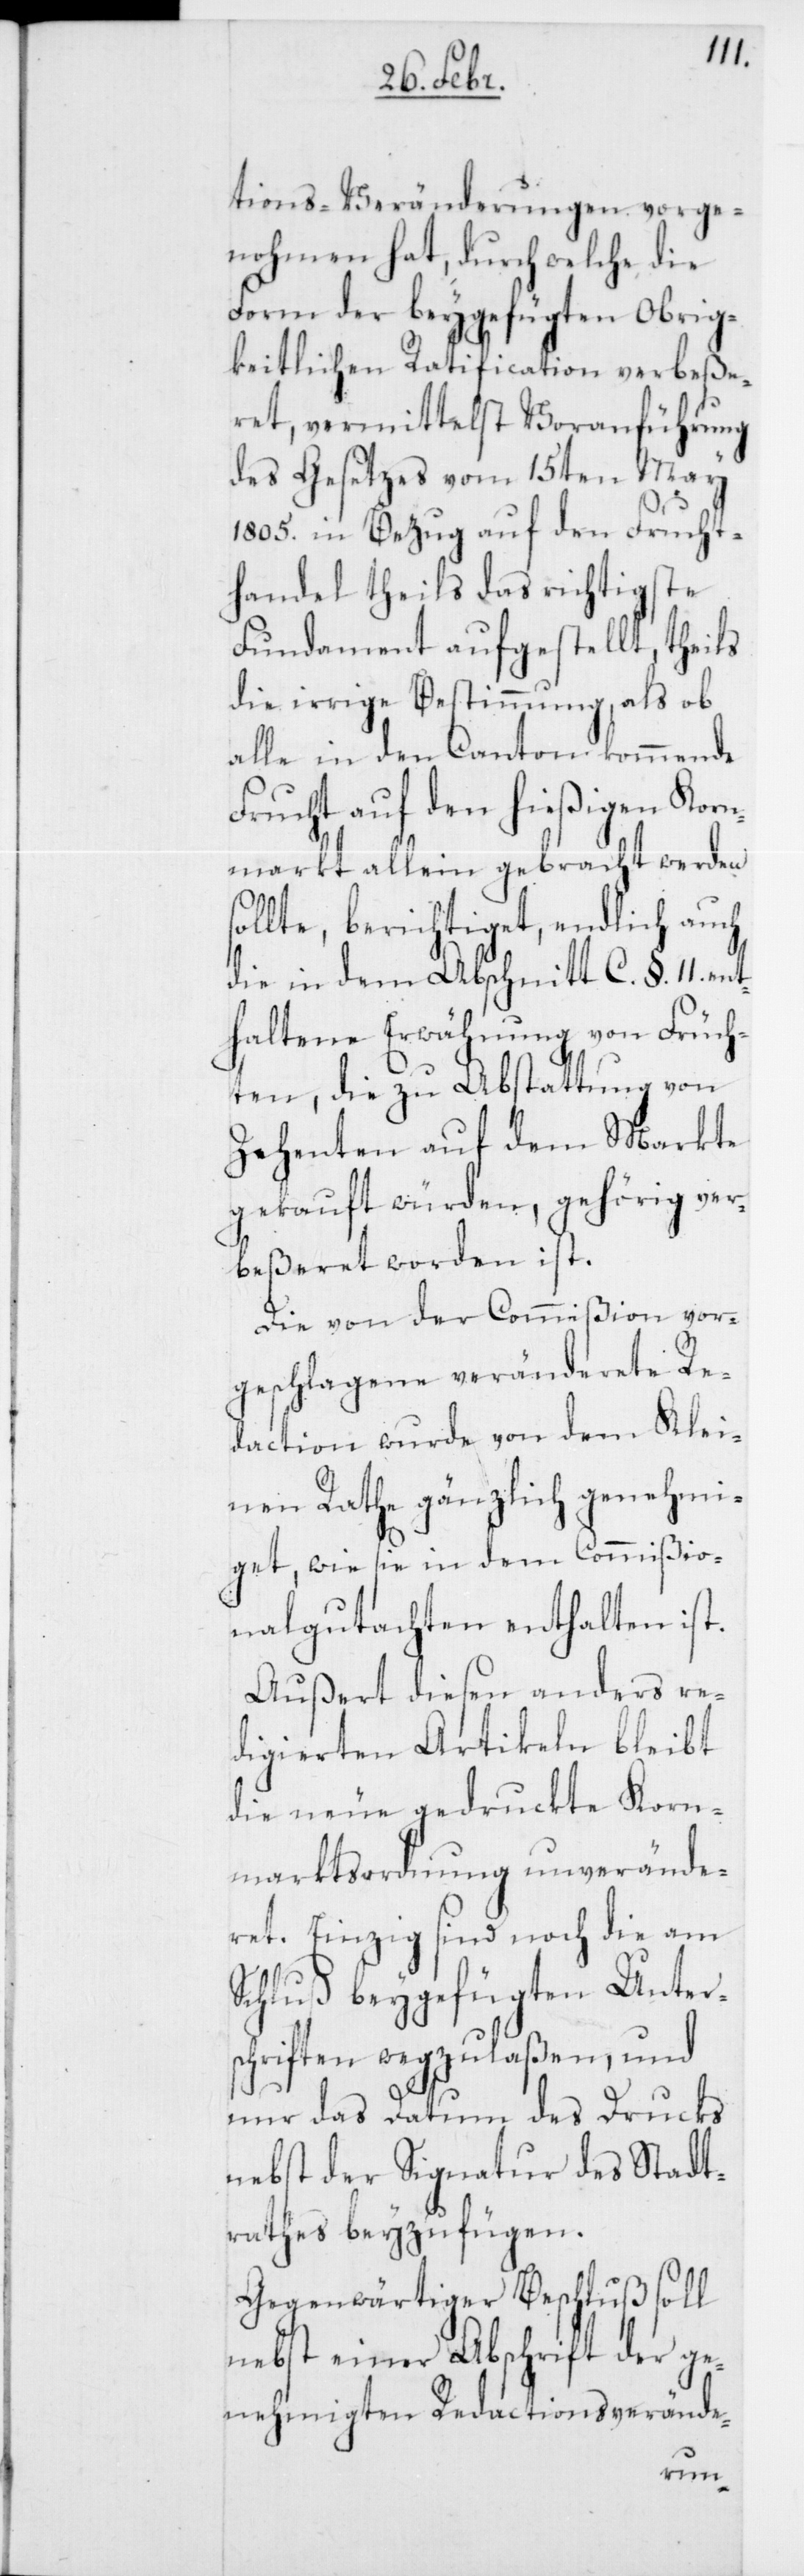
tions-Veränderungen vorge¬
nohmen hat, durch welche die
Form der beygefügten Obrig¬
keitlichen Ratification verbeße¬
ret, vermittelst Voranführung
des Gesetzes vom 15ten May
1805. in Bezug auf den Frucht¬
handel theils das richtigste
Fundament aufgestellt, theils
die irrige Bestimmung, als ob
alle in den Canton kommende
Frucht auf den hießigen Korn¬
markt allein gebracht werden
llte, berichtiget, endlich auch
die in dem Abschnitt C. §. 11. ent¬
haltene Erwähnung von Früch¬
ten, die zu Abstattung von
Zehenten auf dem Markte
gekauft würden, gehörig ver¬
beßeret worden ist.
Die von der Commißion vor¬
geschlagene veränderete Re¬
daction wurde von dem Klei¬
nen Rathe gänzlich genehmi¬
get, wie sie in dem Commißio¬
nalgutachten enthalten ist.
Außert diesen anders re¬
digierten Artikeln bleibt
die neue gedruckte Korn¬
marktsordnung unverände¬
ret. Einzig sind noch die am
Schluß beygefügten Unter¬
schriften wegzulaßen, und
nur das Datum des Drucks
nebst der Signatur des Stadt¬
rathes beyzufügen.
Gegenwärtiger Beschluß soll
nebst einer Abschrift der ge¬
so¬
nehmigten